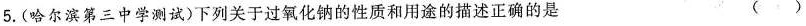
5.(哈尔滨第三中学测试)下列关于过氧化钠的性质和用途的描述正确的是 ()